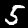
Label: 5